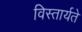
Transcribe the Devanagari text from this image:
विस्तार्यते